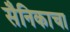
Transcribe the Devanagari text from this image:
सैनिकाचा